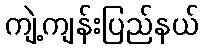
ကျဲ့ကျန်းပြည်နယ်